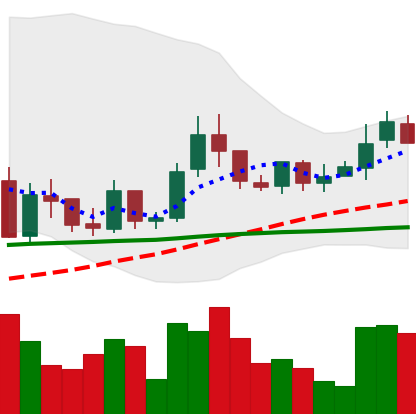
Ticker: LINK-USD
Chart end date: 2019-02-19
Forward return: -10.371%
Label: down_7plus